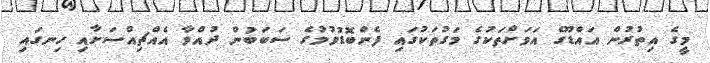
މީގެ އިތުރުން އައްޑޫގެ އަވަށްތަކުގެ މަގުތަކުގައި ފެންބޮޑުވުމުގެ ސަބަބުން ދުއްވާ އެއްޗިއްސަށާއި ހިނގައި